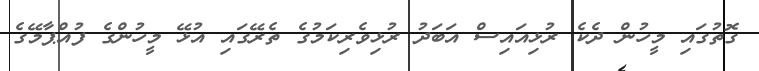
ގޮތުގައި މީހުން ދެކެ ރުޅިއައިސް އަބަދު ރުޅިވެރިކަމުގެ ތެރޭގައި އުޅޭ މީހުންގެ ފުއްޕާމޭގެ